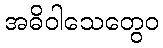
အဓိဝါသေတွေဝ